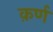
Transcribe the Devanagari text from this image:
क़र्ण